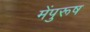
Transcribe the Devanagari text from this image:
मेंपुरूष